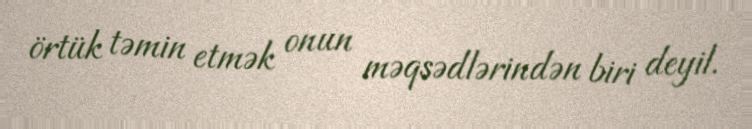
örtük təmin etmək onun məqsədlərindən biri deyil.